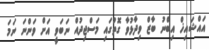
އައްޝައިޚް އިބްނު ބާޒް ވިދާޅުވާ ގޮތުގައި މަސްޖިދުއް ނަބަވީ އަށް ވަންނަ ނަމަ